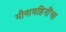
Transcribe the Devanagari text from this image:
मीनावहिनींचा